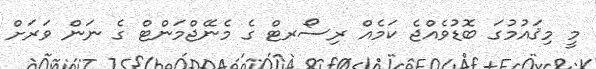
މީ މިޤައުމުގަ ބޮޑުވެއްޖެ ކަމެއް ރިސޯރޓް ގެ މެނޭޖްމަންޓް ގެ ނަން ވަރަށް